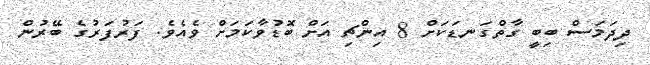
ދިދަމަސް ބިބީ ގާތްގަނޑަކަށް 8 އިންޗި އަށް ބޮޑުވާކަމަށް ވެއެވެ. ފަރުފަރުގެ ބޭރުން